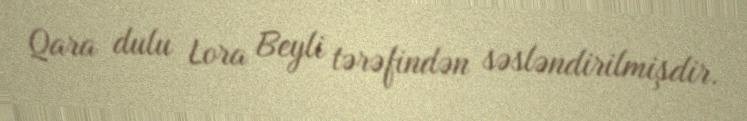
Qara dulu Lora Beyli tərəfindən səsləndirilmişdir.